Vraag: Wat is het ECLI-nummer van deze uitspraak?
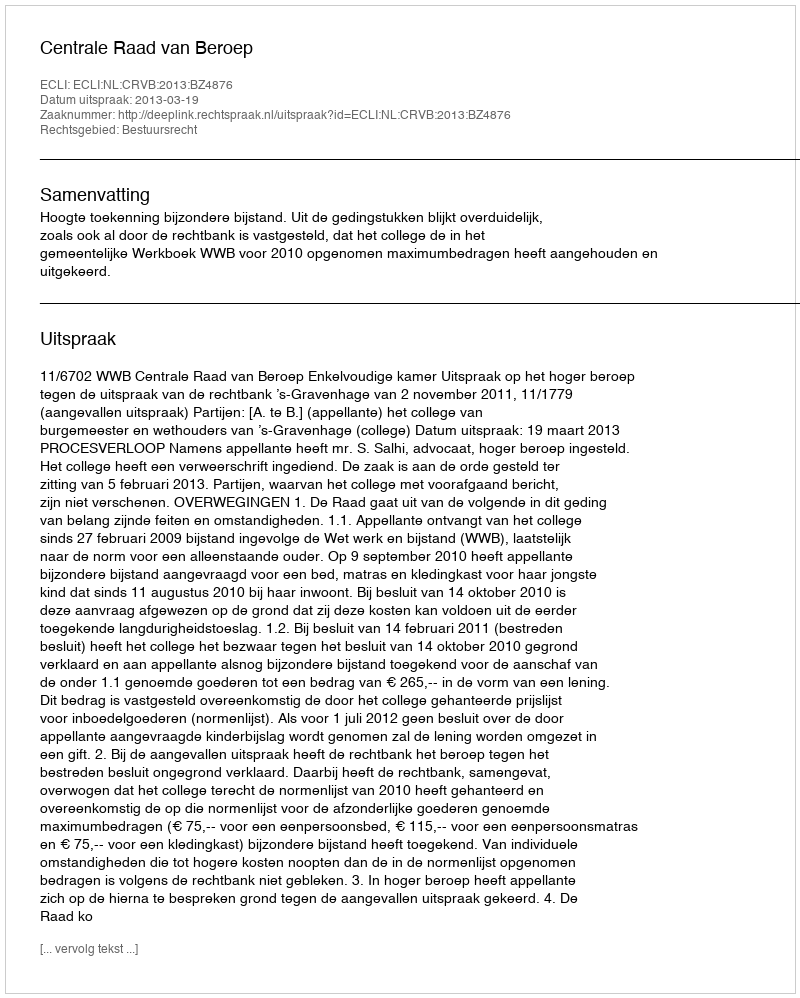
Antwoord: ECLI:NL:CRVB:2013:BZ4876